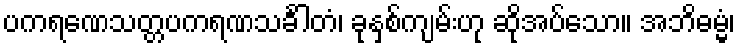
ပကရဏေသတ္တပကရဏသင်္ခါတံ၊ ခုနှစ်ကျမ်းဟု ဆိုအပ်သော။ အဘိဓမ္မံ၊